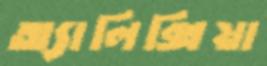
অ্যালিক্সিয়া